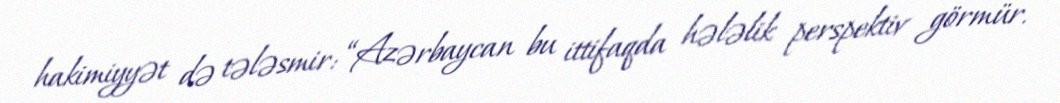
hakimiyyət də tələsmir: “Azərbaycan bu ittifaqda hələlik perspektiv görmür.